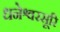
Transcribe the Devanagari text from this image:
धनेश्वरसूरि